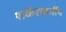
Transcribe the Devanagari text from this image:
शर्करावर्गीय